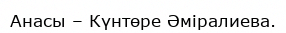
Анасы – Күнтөре Әміралиева.